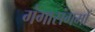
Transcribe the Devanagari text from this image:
गंगासंगमों